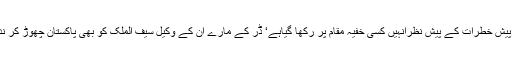
آسیہ بی بی کی زندگی کو درپیش خطرات کے پیش نظرانہیں کسی خفیہ مقام پر رکھا گیاہے‘ ڈر کے مارے ان کے وکیل سیف الملک کو بھی پاکستان چھوڑ کر ندر لینڈس میں پناہ لینا پڑا ہے۔